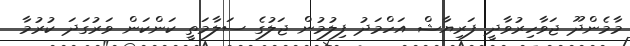
މާމެންދޫ ޖަވާހިރުވާދީ ފަރިޔާޝް އަހްމަދު ފިލުމުން ޖަލުގެ ސަލާމަތީ ކަންކަން ވަރުގަދަ ކުރުމާ